Annual administration report of the Civil Veterinary Department of India - 1899-1900
Year: 1899
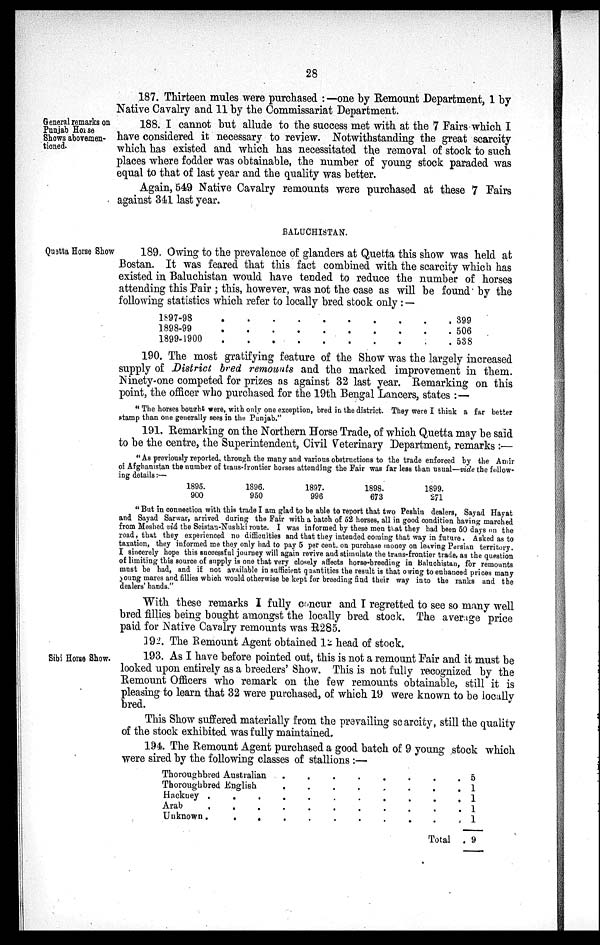
28
General remarks on
Punjab Horse
Shows abovemen-
tioned.
187. Thirteen mules were purchased:—one by Remount Department, 1 by
Native Cavalry and 11 by the Commissariat Department.
188. I cannot but allude to the success met with at the 7 Fairs which I
have considered it necessary to review. Notwithstanding the great scarcity
which has existed and which has necessitated the removal of stock to such
places where fodder was obtainable, the number of young stock paraded was
equal to that of last year and the quality was better.
Again, 549 Native Cavalry remounts were purchased at these 7 Fairs
against 341 last year.
BALUCHISTAN.
Quetta Horse Show
189. Owing to the prevalence of glanders at Quetta this show was held at
Bostan. It was feared that this fact combined with the scarcity which has
existed in Baluchistan would have tended to reduce the number of horses
attending this Fair; this, however, was not the case as will be found by the
following statistics which refer to locally bred stock only:—
1897-98
1898-99
1899-1900
.
.
.
.
.
.
.
.
.
.
.
.
.
.
.
.
.
.
.
.
.
.
.
.
.
,
.
. 399
. 506
. 538
190. The most gratifying feature of the Show was the largely increased
supply of District bred remounts and the marked improvement in them.
Ninety-one competed for prizes as against 32 last year. Remarking on this
point, the officer who purchased for the 19th Bengal Lancers, states:—
"The horses bought were, with only one exception, bred in the district. They were I think a far better
stamp than one generally sees in the Punjab."
191. Remarking on the Northern Horse Trade, of which Quetta may be said
to be the centre, the Superintendent, Civil Veterinary Department, remarks:—
"As previously reported, through the many and various obstructions to the trade enforced by the Amir
of Afghanistan the number of trans-frontier horses attending the Fair was far less than usual—vide the follow-
ing details:—
1895.
900
1896.
950
1897.
996
1898.
673
1899.
271
"But in connection with this trade I am glad to be able to report that two Peshin dealers, Sayad Hayat
and Sayad Sarwar, arrived during the Fair with a batch of 52 horses, all in good condition having marched
from Meshed viâ the Seistan-Nushki route. I was informed by these men that they had been 50 days on the
road, that they experienced no difficulties and that they intended coming that way in future. Asked as to
taxation, they informed me they only had to pay 5 per cent. on purchase money on leaving Persian territory.
I sincerely hope this successful journey will again revive and stimulate the trans-frontier trade, as the question
of limiting this source of supply is one that very closely affects horse-breeding in Baluchistan, for remounts
must be had, and if not available in sufficient quantities the result is that owing to enhanced prices many
young mares and fillies which would otherwise be kept for breeding find their way into the ranks and the
dealers' hands."
With these remarks I fully concur and I regretted to see so many well
bred fillies being bought amongst the locally bred stock. The average price
paid for Native Cavalry remounts was R285.
Sibi Horse Show.
192. The Remount Agent obtained 12 head of stock.
193. As I have before pointed out, this is not a remount Fair and it must be
looked upon entirely as a breeders' Show. This is not fully recognized by the
Remount Officers who remark on the few remounts obtainable, still it is
pleasing to learn that 32 were purchased, of which 19 were known to be locally
bred.
This Show suffered materially from the prevailing scarcity, still the quality
of the stock exhibited was fully maintained.
194. The Remount Agent purchased a good batch of 9 young stock which
were sired by the following classes of stallions:—
Thoroughbred Australian
.
.
.
.
.
.
.
.
Thoroughbred English
.
.
.
.
.
.
.
.
Hackuey
.
.
.
.
.
.
.
.
Arab
.
.
.
.
.
.
.
.
Unknown.
.
.
.
.
.
.
.
.
Total .
5
1
1
1
1
9